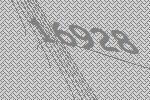
16928